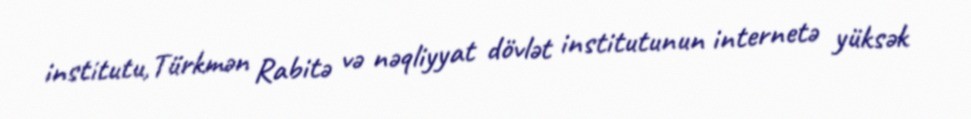
institutu,Türkmən Rabitə və nəqliyyat dövlət institutunun internetə yüksək